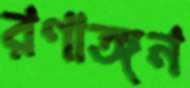
রণাঙ্গন